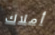
أملاك